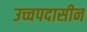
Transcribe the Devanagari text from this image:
उच्चपदासीन